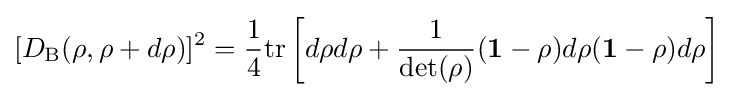
[D_{\text{B}}(\rho ,\rho +d\rho )]^{2}={\frac {1}{4}}{\mbox{tr}}\left[d\rho d\rho +{\frac {1}{\det(\rho )}}(\mathbf {1} -\rho )d\rho (\mathbf {1} -\rho )d\rho \right]